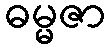
ဓမ္မဇာ